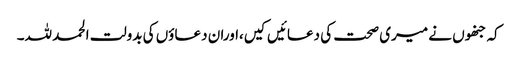
کہ جنھوں نے میری صحت کی دعائیں کیں،اوران دعاؤں کی بدولت الحمد للہ۔